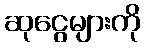
ဆုငွေများကို